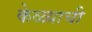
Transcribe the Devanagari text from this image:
केळ्याची